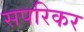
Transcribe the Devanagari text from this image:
सपरिकर